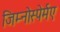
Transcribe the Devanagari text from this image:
जिम्नोस्पेर्मए